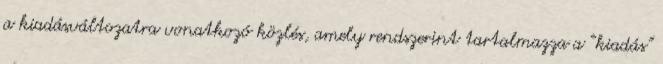
a kiadásváltozatra vonatkozó közlés, amely rendszerint tartalmazza a “kiadás”